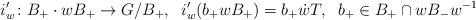
LaTeX: \begin{align*}i'_w \colon B_+ \cdot w B_+ \to G/B_+, \; \;i'_w(b_+ w B_+) = b_+ \dot{w} T, \; \; b_+ \in B_+ \cap w B_- w^{-1}\end{align*}